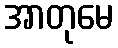
အာတုမေ